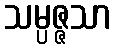
သမ္ပဇ္ဇသာ